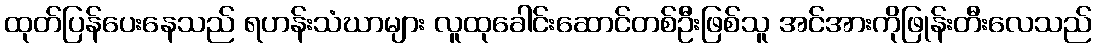
ထုတ်ပြန်ပေးနေသည် ရဟန်းသံဃာများ လူထုခေါင်းဆောင်တစ်ဦးဖြစ်သူ အင်အားကိုဖြုန်းတီးလေသည်